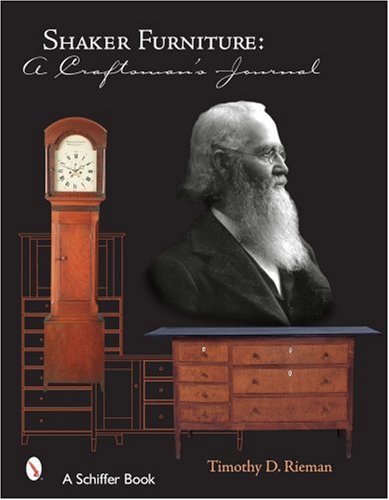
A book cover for Shaker Furniture: A Craftsman's Journal; Timothy D. Rieman; Crafts, Hobbies & Home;